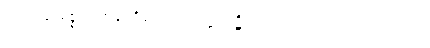
အရဟန္တမဇ္ဈေ၊ ရဟန္တာတို့၏ အလယ်၌။ ပဋိလဗ္ဘဿ၊ ရအပ်သော။ ပုဂ္ဂလဿ၊